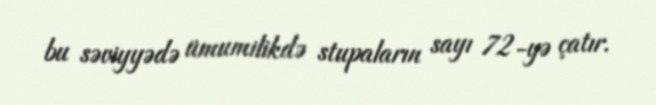
bu səviyyədə ümumilikdə stupaların sayı 72-yə çatır.